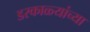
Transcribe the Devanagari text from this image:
डरकाळ्यांच्या